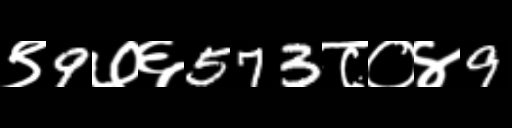
Text: ९9७६573८०४9